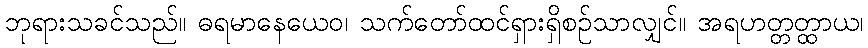
ဘုရားသခင်သည်။ ဓရမာနေယေဝ၊ သက်တော်ထင်ရှားရှိစဉ်သာလျှင်။ အရဟတ္တတ္ထာယ၊